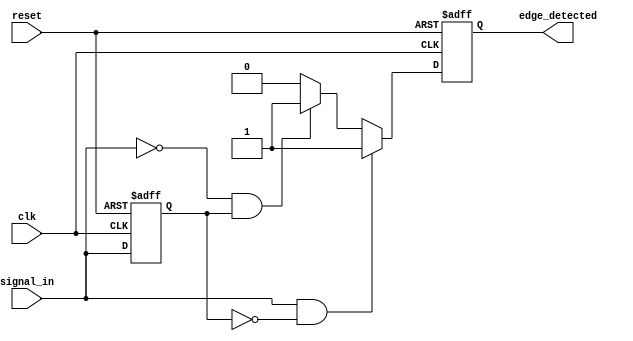
module edge_detector (
    input wire clk,               // Clock signal
    input wire reset,             // Reset signal
    input wire signal_in,         // Input signal
    output reg edge_detected      // Output signal indicating edge detection
);

    reg previous_state;           // Register to store the previous state of the input signal

    // Edge detection logic
    always @(posedge clk or posedge reset) begin
        if (reset) begin
            previous_state <= 1'b0; // Initialize previous state to 0 on reset
            edge_detected <= 1'b0;   // Initialize edge detected to 0 on reset
        end else begin
            // Detect rising edge
            if (signal_in == 1'b1 && previous_state == 1'b0) begin
                edge_detected <= 1'b1; // Rising edge detected
            end
            // Detect falling edge
            else if (signal_in == 1'b0 && previous_state == 1'b1) begin
                edge_detected <= 1'b1; // Falling edge detected
            end
            else begin
                edge_detected <= 1'b0; // No edge detected
            end
            
            // Update previous state to current state
            previous_state <= signal_in;
        end
    end

endmodule